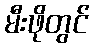
မီးဖိုတွင်